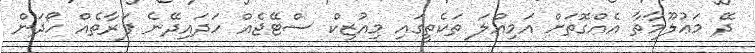
ދޭ މަޢުލޫމާތާ އެއްގޮތަށް އަމިއްލަ ތަކެތީގައި މިއުޒިކް ސްޓޭޖެއް ހަދައިދޭނެ ފަރާތެއް ހޯދަން